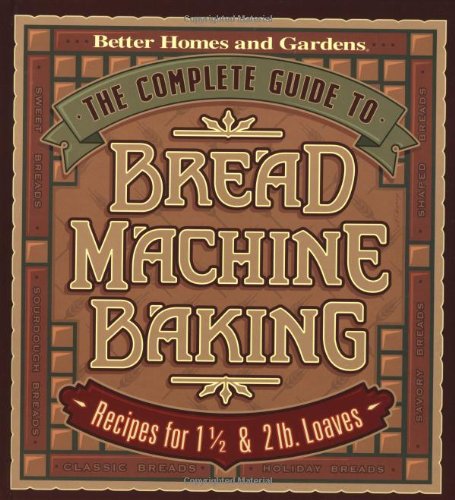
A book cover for The Complete Guide to Bread Machine Baking: Recipes for 1 1/2- and 2-pound Loaves (Better Homes & Gardens); Better Homes and Gardens Books; Cookbooks, Food & Wine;